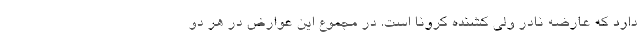
دارد که عارضه نادر ولی کشنده کرونا است. در مجموع این عوارض در هر دو